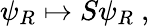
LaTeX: \psi_{R}\mapsto S\psi_{R}~,